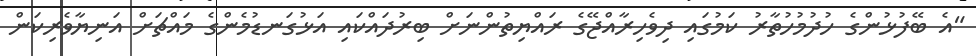
"އެ ބޭފުޅުންގެ ހުދުމުހުތާރު ކަމުގައި ދިވެހިރާއްޖޭގެ ރައްޔިތުންނަށް ބިރުދައްކައި އަޅުގަނޑުމެންގެ މައްޗަށް އަނިޔާވެރިކަން